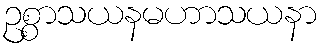
ဥစ္စာသယနမဟာသယနာ